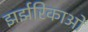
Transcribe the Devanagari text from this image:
झर्झरिकाओं